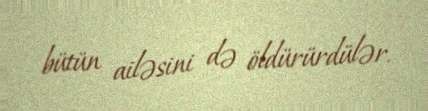
bütün ailəsini də öldürürdülər.